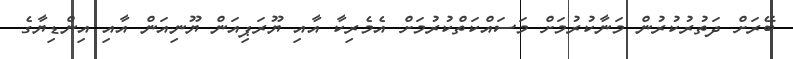
ބޭރަަށް ދަތުރުކުރުން މަނާކުރުމަށް މަސައްކަތްކުރުމަށް އެމެރިކާ އާއި ޔޫރަޕިއަން ޔޫނިއަން އާއި އިންޑިޔާގެ